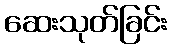
ဆေးသုတ်ခြင်း